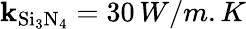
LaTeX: \mathbf{k}_{\mathrm{{Si_{3}N_{4}}}}=30\, W/m.K